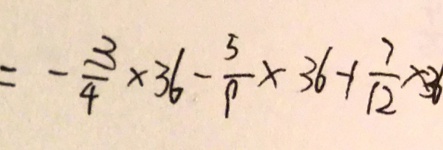
= - \frac { 3 } { 4 } \times 3 6 - \frac { 5 } { 9 } \times 3 6 + \frac { 7 } { 1 2 } \times 3 6